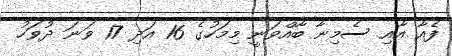
ފެއާ އާއި ސެމިނާ ބާއްވަނީ މިމަހުގެ 16 އަދި 17 ވަނަ ދުވަހު